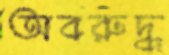
অবরুদ্ধ